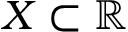
X \subset \mathbb { R }